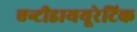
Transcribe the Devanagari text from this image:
एन्टीडाययूरेटिक